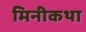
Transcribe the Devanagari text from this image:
मिनीकथा